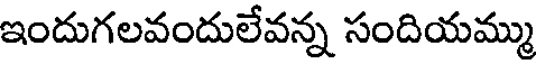
ఇందుగలవందులేవన్న సందియమ్ము